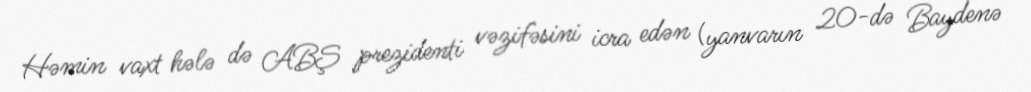
Həmin vaxt hələ də ABŞ prezidenti vəzifəsini icra edən (yanvarın 20-də Baydenə